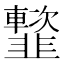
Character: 𩐑